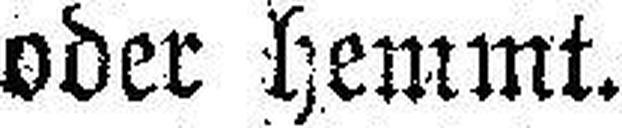
oder hemmt.